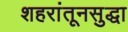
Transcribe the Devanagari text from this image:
शहरांतूनसुद्धा